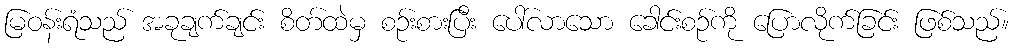
မြဝန်းရံသည် အခုချက်ချင်း စိတ်ထဲမှ စဉ်းစားပြီး ပေါ်လာသော ခေါင်းစဉ်ကို ပြောလိုက်ခြင်း ဖြစ်သည်။